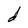
Character: d